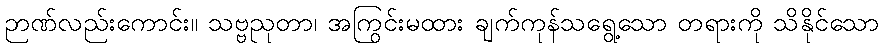
ဉာဏ်လည်းကောင်း။ သဗ္ဗညုတာ၊ အကြွင်းမထား ချက်ကုန်သရွေ့သော တရားကို သိနိုင်သော